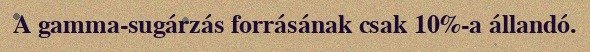
A gamma-sugárzás forrásának csak 10%-a állandó.